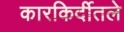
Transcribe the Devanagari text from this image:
कारकिर्दीतले